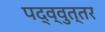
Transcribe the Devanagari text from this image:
पद्व्वुत्तर